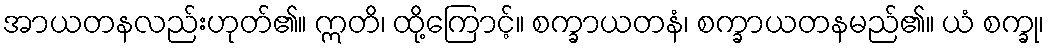
အာယတနလည်းဟုတ်၏။ ဣတိ၊ ထို့ကြောင့်။ စက္ခာယတနံ၊ စက္ခာယတနမည်၏။ ယံ စက္ခု၊